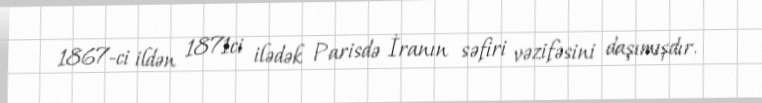
1867-ci ildən 1871ci ilədək Parisdə İranın səfiri vəzifəsini daşımışdır.